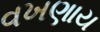
વખણાય